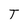
Character: T